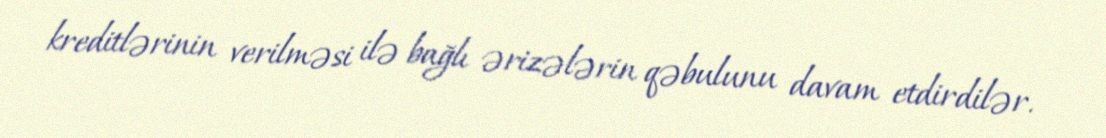
kreditlərinin verilməsi ilə bağlı ərizələrin qəbulunu davam etdirdilər.